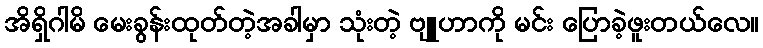
အိရှိဂါမိ မေးခွန်းထုတ်တဲ့အခါမှာ သုံးတဲ့ ဗျူဟာကို မင်း ပြောခဲ့ဖူးတယ်လေ။